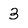
Character: 3